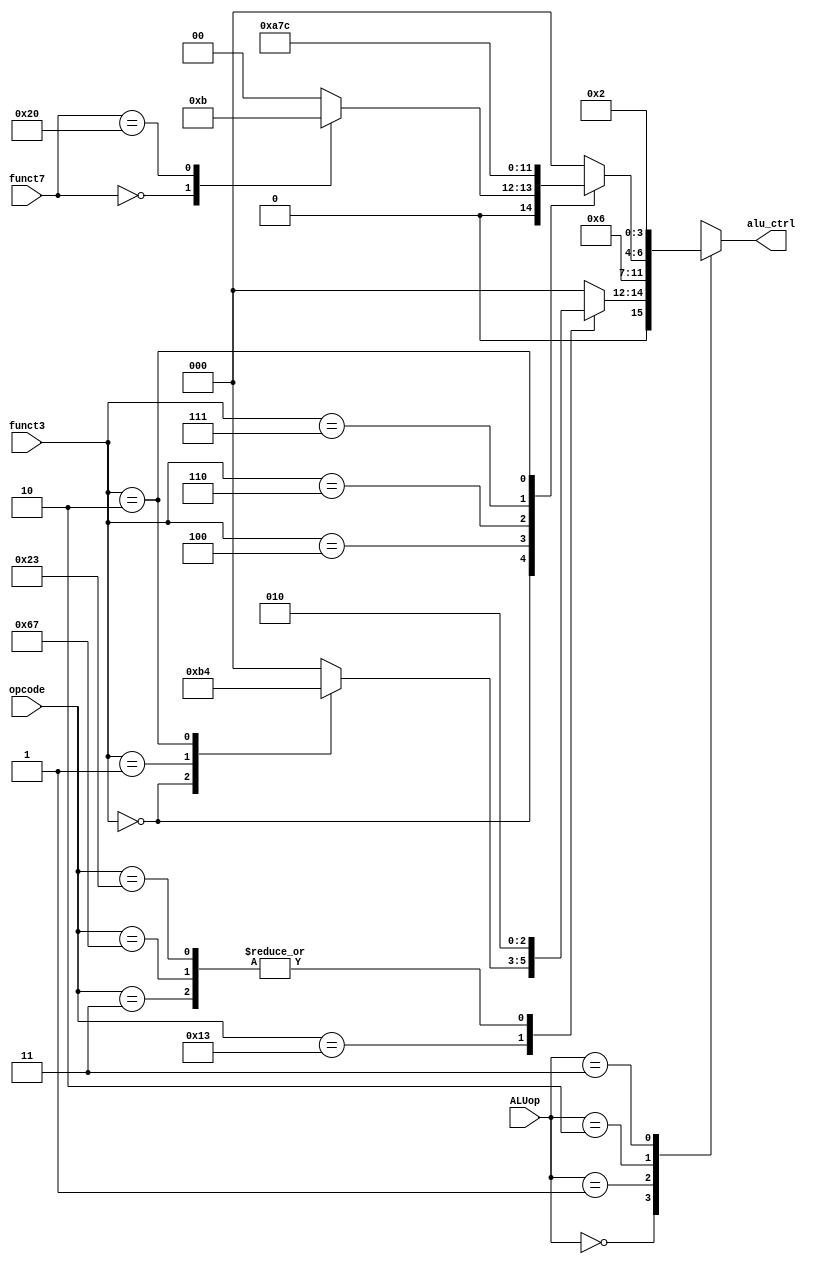
`timescale 1ns/1ps

module ALU_Ctrl(
    input [1:0] ALUop,
    input [2:0] funct3,
    input [6:0] funct7,
    input [6:0] opcode,
    output reg [3:0] alu_ctrl
); 

    wire [3:0] alu_ctrl_default ; 
    assign alu_ctrl_default = 4'b0000 ; 
    always@(*)begin
        case(ALUop) 
            2'b00: begin // Itype, Stype, NOP
                case(opcode) 
                    7'b0010011: begin
                        case(funct3)
                            3'h0: alu_ctrl = 4'b0010 ; // addi
                            3'h1: alu_ctrl = 4'b0110 ; // slli
                            3'h2: alu_ctrl = 4'b0100 ; // slti
                            default: alu_ctrl = alu_ctrl_default ; 
                        endcase
                    end
                    7'b0000011: alu_ctrl = 4'b0010 ; // lw
                    7'b1100111: alu_ctrl = 4'b0010 ; // jalr
                    7'b0100011: alu_ctrl = 4'b0010 ; // sw
                    default: alu_ctrl = alu_ctrl_default ;
                endcase
            end
            2'b01: begin // Btype
                alu_ctrl = 4'b0011 ; // beq
            end
            2'b10: begin // Rtype
                case(funct3) 
                    3'h0: begin
                        case(funct7)
                            7'h00: alu_ctrl = 4'b0010 ; // add
                            7'h20: alu_ctrl = 4'b0011 ; // sub
                            default: alu_ctrl = alu_ctrl_default ; 
                        endcase
                    end
                    3'h4: alu_ctrl = 4'b0101 ; // xor
                    3'h6: alu_ctrl = 4'b0001 ; // or
                    3'h7: alu_ctrl = 4'b0111 ; // and
                    3'h2: alu_ctrl = 4'b0100 ; // slt
                    default: alu_ctrl = alu_ctrl_default ;
                endcase
            end
            2'b11: begin // Jtype
                alu_ctrl = 4'b0010 ; // jal
            end
        endcase
    end

endmodule